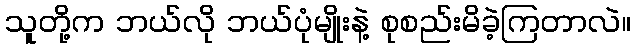
သူတို့က ဘယ်လို ဘယ်ပုံမျိုးနဲ့ စုစည်းမိခဲ့ကြတာလဲ။